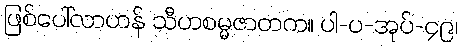
ဖြစ်ပေါ်လာဟန် သီဟစမ္မဇာတက။ ပါ-ပ-အုပ်-၄၉၊